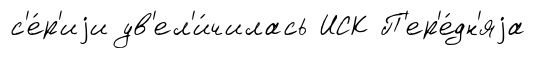
с'е́р'иjи ув'ел'и́чилась ИСК П'ер'е́дн'яjа